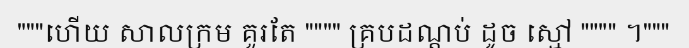
"""ហើយ សាលក្រម គួរតែ """" គ្របដណ្តប់ ដូច ស្មៅ """" ។"""